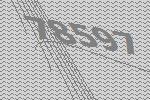
78597